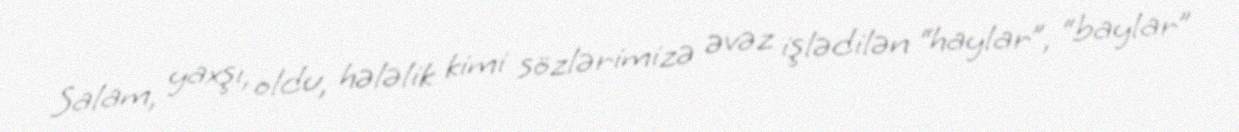
Salam, yaxşı, oldu, hələlik kimi sözlərimizə əvəz işlədilən “haylar”, “baylar”